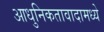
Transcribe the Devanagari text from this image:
आधुनिकतावादामध्ये